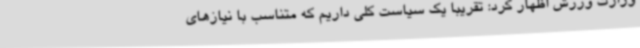
وزارت ورزش اظهار کرد: تقریبا یک سیاست کلی داریم که متناسب با نیازهای